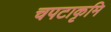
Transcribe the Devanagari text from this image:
चपटाकृमि